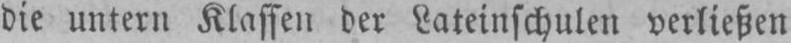
die untern Klassen der Lateinschulen verließen